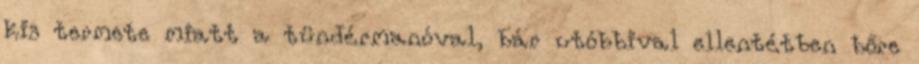
kis termete miatt a tündérmanóval, bár utóbbival ellentétben bőre